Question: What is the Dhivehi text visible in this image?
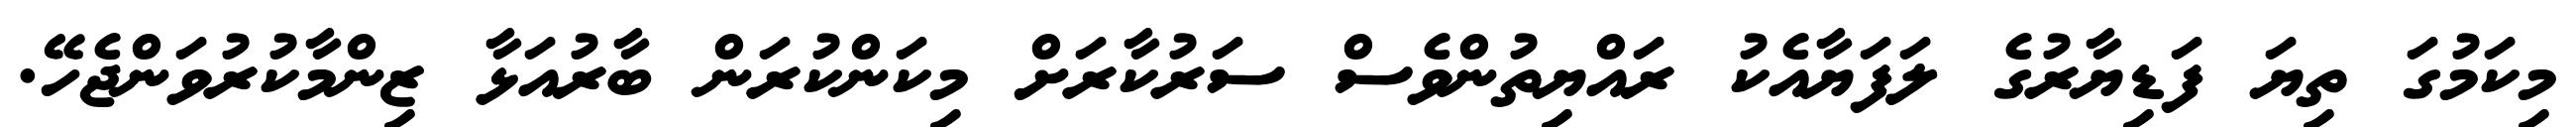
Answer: މިކަމުގަ ތިޔަ ފަޑިޔާރުގެ ލަފަޔާއެކު ރައްޔިތުންވެސް ސަރުކާރަށް މިކަންކުރަން ބާރުއަޅާ ޒިންމާކުރުވަންޖެހޭ.